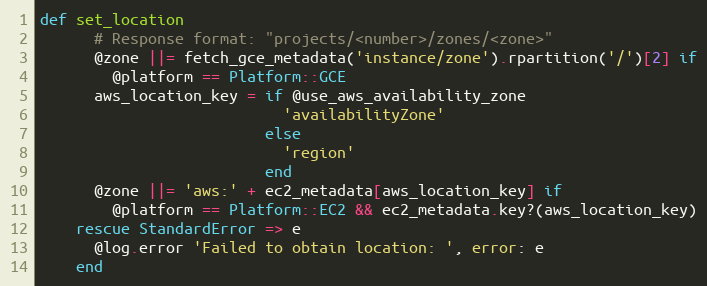
Language: Ruby
def set_location
      # Response format: "projects/<number>/zones/<zone>"
      @zone ||= fetch_gce_metadata('instance/zone').rpartition('/')[2] if
        @platform == Platform::GCE
      aws_location_key = if @use_aws_availability_zone
                           'availabilityZone'
                         else
                           'region'
                         end
      @zone ||= 'aws:' + ec2_metadata[aws_location_key] if
        @platform == Platform::EC2 && ec2_metadata.key?(aws_location_key)
    rescue StandardError => e
      @log.error 'Failed to obtain location: ', error: e
    end